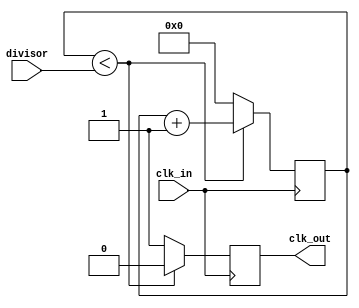
module fractional_clock_divider (
    input wire clk_in, // Input clock signal
    input wire [7:0] divisor, // Divisor value for fractional clock division
    output reg clk_out // Output fractional clock signal
);

reg [7:0] count; // Counter to keep track of fractional clock cycles

always @(posedge clk_in) begin
    if (count < divisor) begin
        count <= count + 1; // Increment counter
        clk_out <= 0; // Keep output clock low
    end else begin
        count <= 0; // Reset counter
        clk_out <= 1; // Generate output clock pulse
    end
end

endmodule